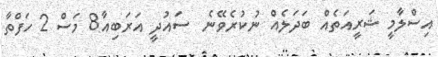
އިސްލާމީ ޝަރީއަތެއް ބަދަލެއް ނުކުރެވޭނެ  ސައުދީ އަރަބިއާ8 މަސް 2 ހަފްތާ